Vaccine operations Central Provinces & Berar 1922-1929 - 1922-1929
Year: 1922
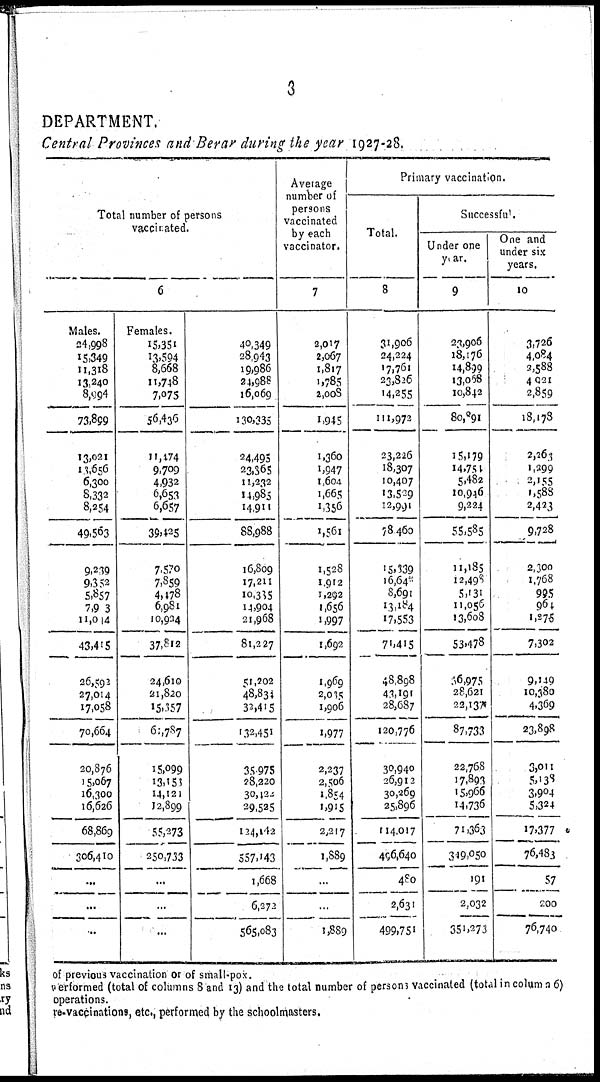
3
DEPARTMENT.
Central Provinces and Berar during the year 1927-28.
Total number of persons
vaccinated.
6
Males.
24,998
15,349
11,318
13,240
8,994
73,899
13,021
13,656
6,300
8,332
8,254
49,563
9,239
9,352
5,857
7,903
11,014
43,415
26,592
27,014
17,058
70,664
20,876
15,067
16,300
16,626
68,869
306,410
...
...
...
Females.
15,351
13,594
8,668
11,748
7,075
56,436
11,474
9,709
4,932
6,653
6,657
39,425
7,570
7,859
4,478
6,981
10,904
37,812
24,610
21,820
15,357
61,787
15,099
13,153
14,121
12,899
55,273
250,733
...
...
...
40,349
28,943
19,986
24,988
16,069
130,335
24,495
23,365
11,232
14,985
14,911
88,988
16,809
17,211
10,305
14,904
21,968
81,227
51,202
48,831
32,415
132,451
35,975
28,220
30,120
29,525
124,142
557,143
1,668
6,272
565,083
Average
number of
persons
vaccinated
by each
vaccinator.
7
2,017
2,067
1,817
1,785
2,008
1,945
1,360
1,947
1,604
1,665
1,356
1,561
1,528
1,912
1,292
1,656
1,997
1,692
1,969
2,035
1,906
1,977
2,237
2,506
1,854
1,915
2,217
1,889
...
...
1,889
Primary vaccination.
Total.
8
31,906
24,224
17,761
23,826
14,255
111,972
23,226
18,307
10,407
13,529
12,99l
78,460
15,339
16,640
8,691
13,184
17,553
71,415
48,898
43,191
28,687
120,776
30,940
26,912
30,269
25,896
114,017
496,640
480
2,631
499,751
Successful.
Under one
year.
9
23,906
18,176
14,899
13,068
10,842
80,091
15,179
14,751
5,482
10,946
9,224
55,585
11,185
12,498
5,131
11,056
13,608
53,478
16,975
28,621
22,137
87,733
22,768
17,893
15,966
14,736
71,363
349,050
191
2,032
351,273
One and
under six
years.
10
3,726
4,084
3,588
4,021
2,859
18,178
2,260
1,299
2,155
1,588
2,423
9,728
2,300
1,768
995
964
1,275
7,302
9,149
10,380
4,369
23,898
3,011
5,138
3,904
5,324
17,377
76,483
57
200
76,740
of previous vaccination or of small-pox.
performed (total of columns 8 and 13) and the total number of persons vaccinated (total in column 6)
operations.
re-vaccinations, etc., performed by the schoolmasters.